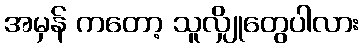
အမှန် ကတော့ သူလျှိုတွေပါလား